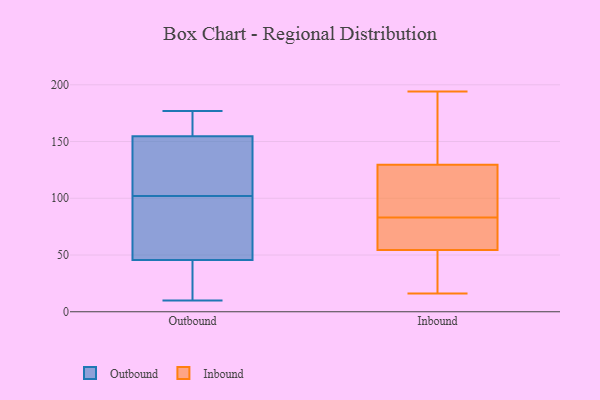
{"axis": {"x": "Budget (USD K)", "y": "Value"}, "legend": ["Inbound", "Outbound"], "data": [{"x": "", "y": 174, "type": "Outbound"}, {"x": "", "y": 93, "type": "Outbound"}, {"x": "", "y": 157, "type": "Outbound"}, {"x": "", "y": 177, "type": "Outbound"}, {"x": "", "y": 10, "type": "Outbound"}, {"x": "", "y": 94, "type": "Outbound"}, {"x": "", "y": 145, "type": "Outbound"}, {"x": "", "y": 10, "type": "Outbound"}, {"x": "", "y": 141, "type": "Outbound"}, {"x": "", "y": 32, "type": "Outbound"}, {"x": "", "y": 71, "type": "Outbound"}, {"x": "", "y": 126, "type": "Outbound"}, {"x": "", "y": 50, "type": "Outbound"}, {"x": "", "y": 102, "type": "Outbound"}, {"x": "", "y": 168, "type": "Outbound"}, {"x": "", "y": 157, "type": "Outbound"}, {"x": "", "y": 148, "type": "Outbound"}, {"x": "", "y": 44, "type": "Outbound"}, {"x": "", "y": 34, "type": "Outbound"}, {"x": "", "y": 38, "type": "Inbound"}, {"x": "", "y": 59, "type": "Inbound"}, {"x": "", "y": 66, "type": "Inbound"}, {"x": "", "y": 77, "type": "Inbound"}, {"x": "", "y": 122, "type": "Inbound"}, {"x": "", "y": 88, "type": "Inbound"}, {"x": "", "y": 53, "type": "Inbound"}, {"x": "", "y": 44, "type": "Inbound"}, {"x": "", "y": 128, "type": "Inbound"}, {"x": "", "y": 158, "type": "Inbound"}, {"x": "", "y": 183, "type": "Inbound"}, {"x": "", "y": 194, "type": "Inbound"}, {"x": "", "y": 169, "type": "Inbound"}, {"x": "", "y": 130, "type": "Inbound"}, {"x": "", "y": 83, "type": "Inbound"}, {"x": "", "y": 66, "type": "Inbound"}, {"x": "", "y": 36, "type": "Inbound"}, {"x": "", "y": 112, "type": "Inbound"}, {"x": "", "y": 16, "type": "Inbound"}]}